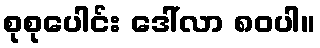
စုစုပေါင်း ဒေါ်လာ ၈၀ပါ။